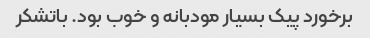
برخورد پیک بسیار مودبانه و خوب بود. باتشکر